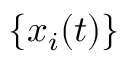
\{ x _ { i } ( t ) \}